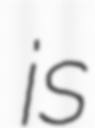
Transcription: is